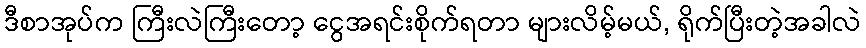
ဒီစာအုပ်က ကြီးလဲကြီးတော့ ငွေအရင်းစိုက်ရတာ များလိမ့်မယ်, ရိုက်ပြီးတဲ့အခါလဲ